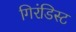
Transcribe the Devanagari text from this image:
गिरंडिस्ट